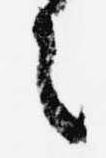
之